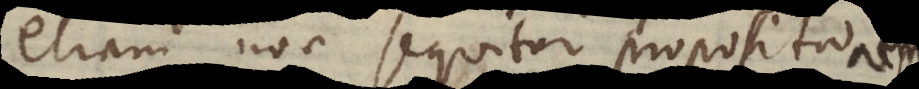
etiam non sequitur propositio